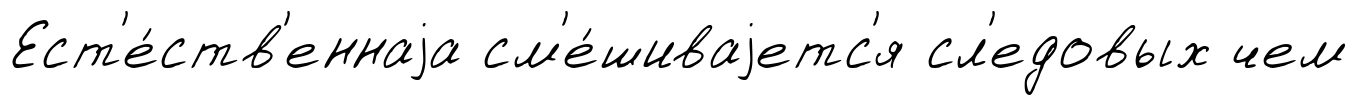
Ест'е́ств'еннаjа см'е́шиваjетс'я сл'едовых чем